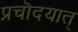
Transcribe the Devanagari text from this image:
प्रचॊदयात्